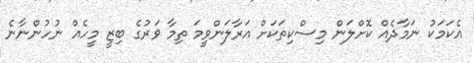
އެކަމަކު ނަމާދެއް ކޮށްލަން މިސްކިތަކަށް އަރާލަންވީމަ ތިމާ ވަރުގެ ބިޒީ މީހެއް ނުހުންނާނެ